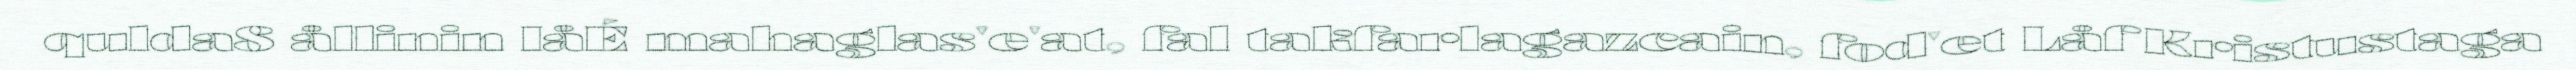
qulda8 ållinin IåÉ mahaglas'e'at, fal takfarlagazcain, fod'et Låf Kristustaga